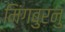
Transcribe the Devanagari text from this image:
मिंगबुरनु